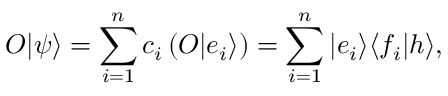
O | \psi \rangle = \sum _ { i = 1 } ^ { n } c _ { i } \left( O | e _ { i } \rangle \right) = \sum _ { i = 1 } ^ { n } | e _ { i } \rangle \langle f _ { i } | h \rangle ,